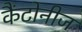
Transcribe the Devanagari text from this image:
कैंटोनीज